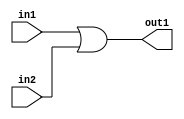
`timescale 1ns / 1ps
//////////////////////////////////////////////////////////////////////////////////
// Company: 
// Engineer: 
// 
// Design Name: 
// Module Name:    Or_1bit 
// Project Name: 
// Target Devices: 
// Tool versions: 
// Description: 
//
// Dependencies: 
//
// Revision: 
// Revision 0.01 - File Created
// Additional Comments: 
//
//////////////////////////////////////////////////////////////////////////////////
module Or_1bit(out1, in1, in2);
input in1, in2;
output out1;

or or1(out1, in1, in2);



endmodule